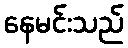
နေမင်းသည်